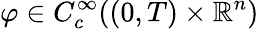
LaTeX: \varphi\in C_{c}^{\infty}((0,T)\times\mathbb{R}^{n})